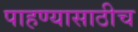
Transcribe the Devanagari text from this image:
पाहण्यासाठीच